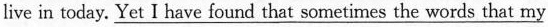
live in today. \underline{Yet I have found that sometimes the words that my}